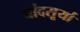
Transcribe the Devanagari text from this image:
चांदसूर्या